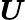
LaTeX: \boldsymbol{U}